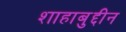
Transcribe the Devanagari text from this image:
शाहाबुद्दीन